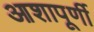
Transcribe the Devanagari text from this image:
आशापूर्णी